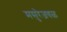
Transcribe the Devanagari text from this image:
मसुरेजवळ